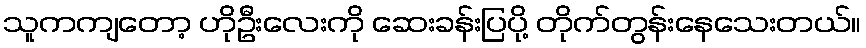
သူကကျတော့ ဟိုဦးလေးကို ဆေးခန်းပြပို့ တိုက်တွန်းနေသေးတယ်။